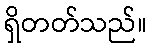
ရှိတတ်သည်။